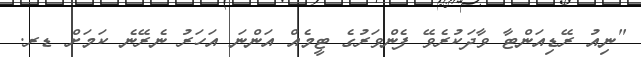
"ނިއު ރޭޑިއަންޓާ ވާދަކުރެވޭ ފެންވަރުގެ ޓީމެއް އަންނަ އަހަރު ނެރޭނެ ކަމަށް ޑރ.